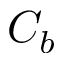
C _ { b }